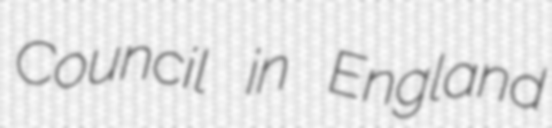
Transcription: Council in England